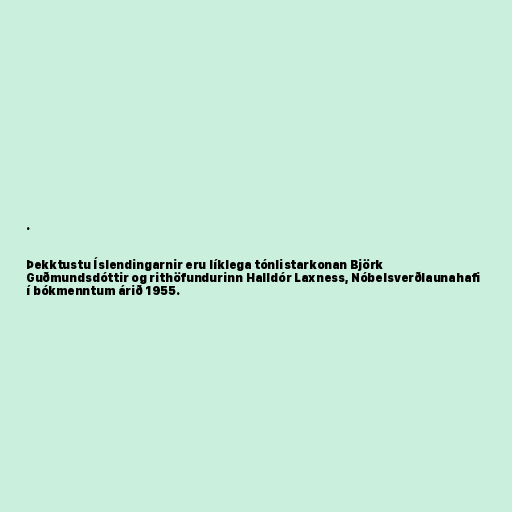
.

Þekktustu Íslendingarnir eru líklega tónlistarkonan Björk
Guðmundsdóttir og rithöfundurinn Halldór Laxness, Nóbelsverðlaunahafi
í bókmenntum árið 1955.